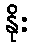
နိုး